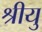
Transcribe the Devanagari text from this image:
श्रीयु